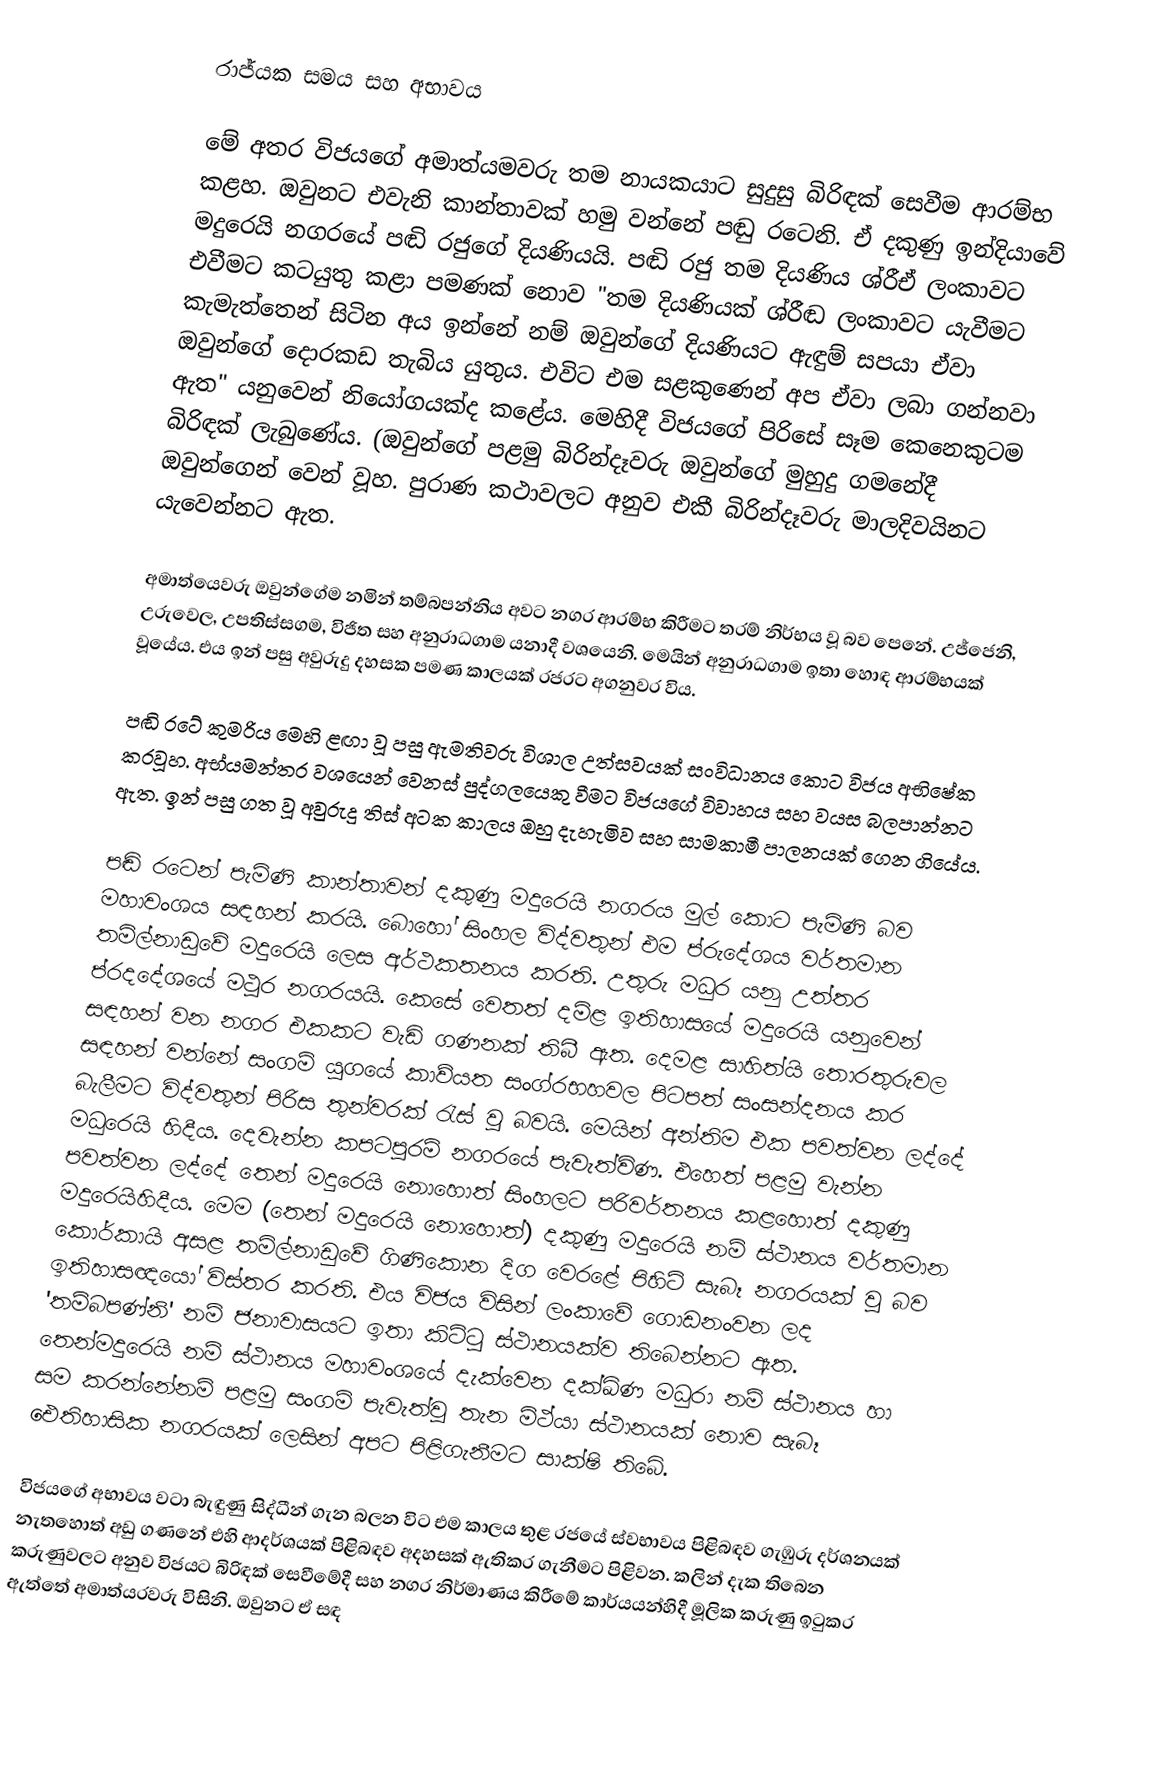
රාජ්යක සමය සහ අභාවය

මේ අතර විජයගේ අමාත්යමවරු තම නායකයාට සුදුසු බිරිඳක් සෙවීම ආරම්භ කළහ. ඔවුනට එවැනි කාන්තාවක් හමු වන්නේ පඬු රටෙනි. ඒ දකුණු ඉන්දියාවේ මදුරෙයි නගරයේ පඬි රජුගේ දියණියයි. පඬි රජු තම දියණිය ශ්රීඒ ලංකාවට එවීමට කටයුතු කළා පමණක් නොව "තම දියණියක් ශ්රීඬ ලංකාවට යැවීමට කැමැත්තෙන් සිටින අය ඉන්නේ නම් ඔවුන්ගේ දියණියට ඇඳුම් සපයා ඒවා ඔවුන්ගේ දොරකඩ තැබිය යුතුය. එවිට එම සළකුණෙන් අප ඒවා ලබා ගන්නවා ඇත" යනුවෙන්  නියෝගයක්ද කළේය. මෙහිදී විජයගේ පිරිසේ සෑම කෙනෙකුටම බිරිඳක් ලැබුණේය. (ඔවුන්ගේ පළමු බිරින්දෑවරු ඔවුන්ගේ මුහුදු ගමනේදී ඔවුන්ගෙන් වෙන් වූහ. පුරාණ කථාවලට අනුව එකී බිරින්දෑවරු මාලදිවයිනට යැවෙන්නට ඇත.

අමාත්යෙවරු ඔවුන්ගේම නමින් තම්බපන්නිය අවට නගර ආරම්භ කිරීමට තරම් නිර්භය වූ බව පෙනේ. උජ්ජෙනි, උරුවෙල, උපතිස්සගම, විජිත සහ අනුරාධගාම යනාදී වශයෙනි. මෙයින් අනුරාධගාම ඉතා හොඳ ආරම්භයක් වූයේය. එය ඉන් පසු අවුරුදු දහසක පමණ කාලයක් රජරට අගනුවර විය.

පඬි රටේ කුමරිය මෙහි ළඟා වූ පසු ඇමතිවරු විශාල උත්සවයක් සංවිධානය කොට විජය අභිෂේක කරවූහ. අභ්යමන්තර වශයෙන් වෙනස් පුද්ගලයෙකු වීමට විජයගේ විවාහය සහ වයස බලපාන්නට ඇත. ඉන් පසු ගත වූ අවුරුදු තිස් අටක කාලය ඔහු දැහැමිව සහ සාමකාමී පාලනයක් ගෙන ගියේය.

පඬි රටෙන් පැමිණි කාන්තාවන් දකුණු මදුරෙයි නගරය මුල් කොට පැමිණි බව මහාවංශය සඳහන් කරයි. බොහෝ සිංහල විද්වතුන් එම ප්රුදේශය වර්තමාන තමිල්නාඩුවේ මදුරෙයි ලෙස අර්ථකතනය කරති. උතුරු මධුර යනු උත්තර ප්රදදේශයේ මථුර නගරයයි. කෙසේ වෙතත් දමිළ ඉතිහාසයේ මදුරෙයි යනුවෙන් සඳහන් වන නගර එකකට වැඩි ගණනක් තිබී ඇත. දෙමළ සාහිත්යි තොරතුරුවල සඳහන් වන්නේ සංගම් යුගයේ කාව්යත සංග්රභහවල පිටපත් සංසන්දනය කර බැලීමට විද්වතුන් පිරිස තුන්වරක් රැස් වූ බවයි. මෙයින් අන්තිම එක පවත්වන ලද්දේ මධුරෙයි හිදීය. දෙවැන්න කපටපුරම් නගරයේ පැවැත්විණ. එහෙත් පළමු වැන්න පවත්වන ලද්දේ තෙන් මදුරෙයි නොහොත් සිංහලට පරිවර්තනය කළහොත් දකුණු මදුරෙයිහිදීය. මෙම (තෙන් මදුරෙයි නොහොත්) දකුණු මදුරෙයි නම් ස්ථානය වර්තමාන කොර්කායි අසළ තමිල්නාඩුවේ ගිණිකොන දිග වෙරළේ පිහිටි සැබෑ නගරයක් වූ බව ඉතිහාසඥයෝ විස්තර කරති. එය විජය විසින් ලංකාවේ ගොඩනංවන ලද 'තම්බපණ්නි' නම් ජනාවාසයට ඉතා කිට්ටු ස්ථානයක්ව තිබෙන්නට ඇත. තෙන්මදුරෙයි නම් ස්ථානය මහාවංශයේ දැක්වෙන දක්ඛිණ මධුරා නම් ස්ථානය හා සම කරන්නේනම් පළමු සංගම් පැවැත්වූ තැන මිථ්යා  ස්ථානයක් නොව සැබෑ ඓතිහාසික නගරයක් ලෙසින් අපට පිළිගැනීමට සාක්ෂි තිබේ.

විජයගේ අභාවය වටා බැඳුණු සිද්ධීන් ගැන බලන විට එම කාලය තුළ රජයේ ස්වභාවය පිළිබඳව ගැඹුරු දර්ශනයක් නැතහොත් අඩු ගණනේ එහි ආදර්ශයක් පිළිබඳව අදහසක් ඇතිකර ගැනීමට පිළිවන. කලින් දැක තිබෙන කරුණුවලට අනුව විජයට බිරිඳක් සෙවීමේදී සහ නගර නිර්මාණය කිරීමේ කාර්යයන්හිදී මූලික කරුණු ඉටුකර ඇත්තේ අමාත්යරවරු විසිනි. ඔවුනට ඒ සඳ